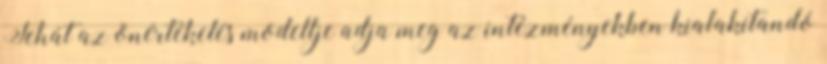
Tehát az önértékelés modellje adja meg az intézményekben kialakítandó